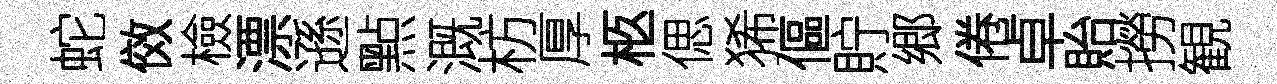
蛇傚檢漂遜㸃溉枋厚柩偲狶傴貯郷倦卓貽撈観